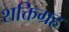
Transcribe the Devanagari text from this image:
शक्तिग्रह